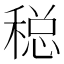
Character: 𱶚